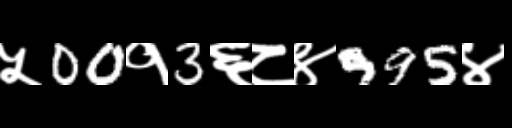
Text: ५00१3६८४995४